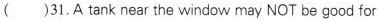
( )31.A tank near the window may NOT be good for